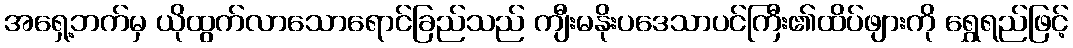
အရှေ့ဘက်မှ ယိုထွက်လာသောရောင်ခြည်သည် ကျီးမနိုးပဒေသာပင်ကြီး၏ထိပ်ဖျားကို ရွှေရည်ဖြင့်